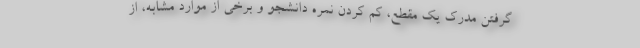
گرفتن مدرک یک مقطع، کم کردن نمره دانشجو و برخی از موارد مشابه، از